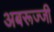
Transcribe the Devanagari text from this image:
अबरूज्जी